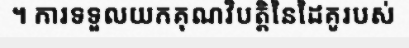
។ ការទទួលយកគុណវិបត្តិនៃដៃគូរបស់